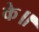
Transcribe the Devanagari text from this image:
के॥